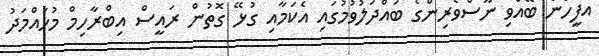
އޮފީހުން ބޭއްވި ނޫސްވެރިންގެ ބައްދަލުވުމުގައި އެކަމާއި ގުޅޭ ގޮތުން ރައީސް އިބްރާހިމް މުހައްމަދު